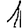
Digit: 1